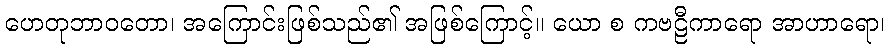
ဟေတုဘာဝတော၊ အကြောင်းဖြစ်သည်၏ အဖြစ်ကြောင့်။ ယော စ ကဗဠီကာရော အာဟာရော၊